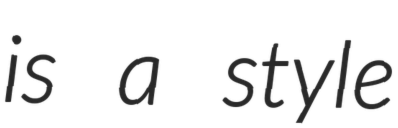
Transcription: is a style